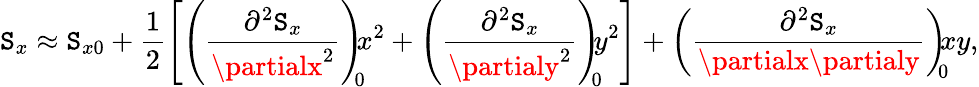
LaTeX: \mathtt{S}_{x}\approx\mathtt{S}_{x0}+\frac{{1}}{{2}}\left[\left(\frac{{\partial^{2}\mathtt{S}_{x}}}{{\partialx^{2}}}\right)_{\! \! 0}\! \! x^{2}+\left(\frac{{\partial^{2}\mathtt{S}_{x}}}{{\partialy^{2}}}\right)_{\! \! 0}\! \! y^{2}\right]+\left(\frac{{\partial^{2}\mathtt{S}_{x}}}{{\partialx\partialy}}\right)_{\! \! 0}\! \! xy,